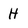
Character: H